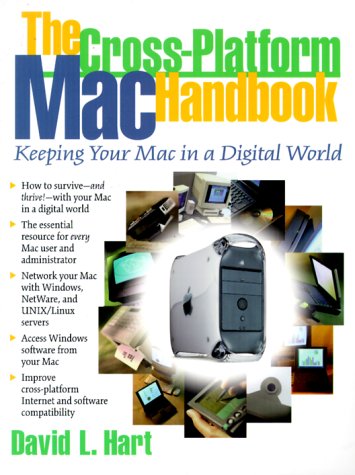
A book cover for Cross-Platform Mac Handbook, The: Keeping Your MAC In A Digital World; David L. Hart; Computers & Technology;